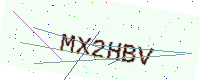
Text: MX2HBV